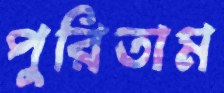
পুরিতাম